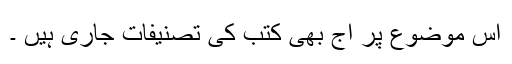
اس موضوع پر آج بھی کتب کی تصنیفات جاری ہیں ۔